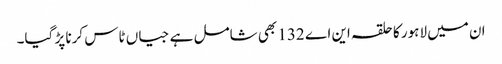
ان میں لاہور کا حلقہ این اے 132 بھی شامل ہے جیاں ٹاس کرنا پڑ گیا۔